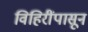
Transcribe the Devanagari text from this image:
विहिरींपासून